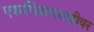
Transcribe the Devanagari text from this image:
एकाधिकारशाहीवर